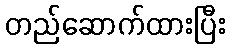
တည်ဆောက်ထားပြီး